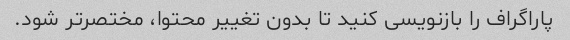
پاراگراف را بازنویسی کنید تا بدون تغییر محتوا، مختصرتر شود.